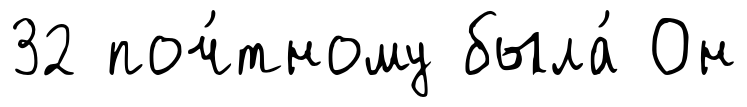
32 поч́тному была́ Он